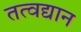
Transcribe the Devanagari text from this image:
तत्वद्यान